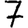
Digit: 7